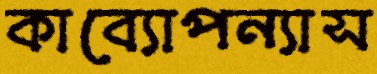
কাব্যোপন্যাস